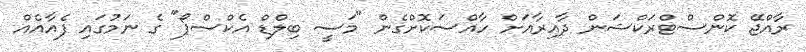
ރާއްޖޭ ކޮންސްޓްރަކްޝަން ދާއިރާއަށް ހާއްސަކޮށްގެން "މަސީ ބިލްޑް އެކްސްޕޯ" ގެ ނަމުގައި ފެއާއެއް